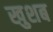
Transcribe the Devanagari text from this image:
खुशब